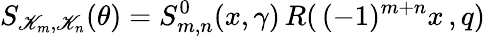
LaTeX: S_{\mathscr{K}_{m},\mathscr{K}_{n}}(\theta)=S_{m,n}^{0}(x,\gamma)\, R(\, (-1)^{m+n}x\, ,q)\,